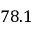
7 8 . 1